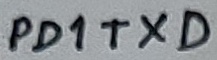
Text: PD1TXD